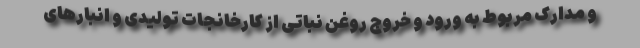
و مدارک مربوط به ورود و خروج روغن نباتی از کارخانجات تولیدی و انبارهای